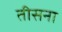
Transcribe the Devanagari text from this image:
तीसना